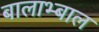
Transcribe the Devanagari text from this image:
बालाभ्बाल